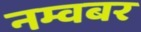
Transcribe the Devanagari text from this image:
नम्वबर